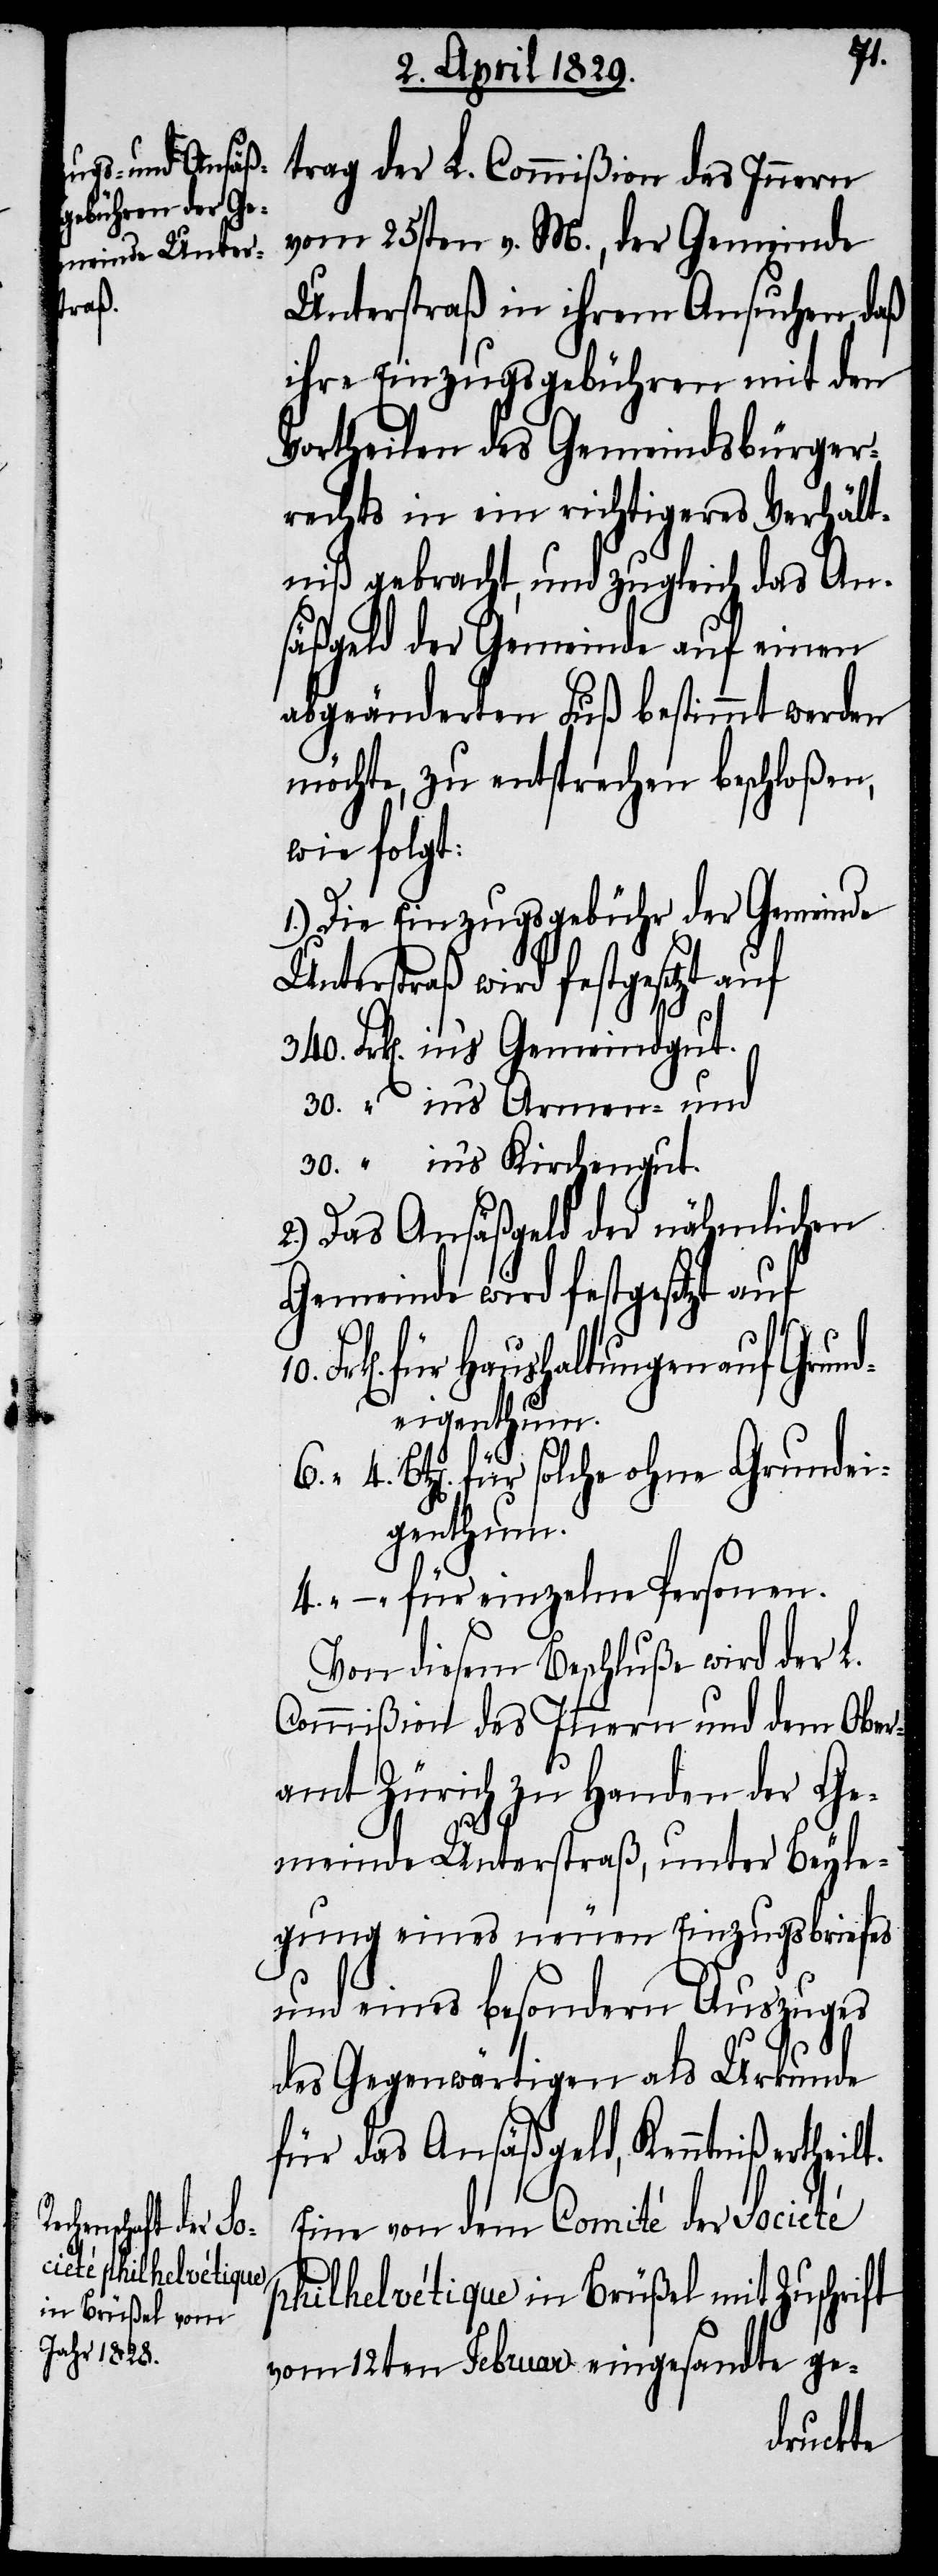
lt.
trag der L. Commißion des Innern
vom 25sten v. M., der Gemeinde
Unterstraß in ihrem Ansuchen, daß
ihre Einzugsgebühren mit den
Vortheilen des Gemeindsbürger¬
rechts in ein richtigeres Verhält¬
niß gebracht, und zugleich das An¬
säßgeld der Gemeinde auf einen
abgeänderten Fuß bestimmt werden
möchte, zu entsprechen beschloßen,
wie folgt:
1.) Die Einzugsgebühr der Gemeinde
Unterstraß wird festgesetzt auf
Frk[en]. in’s Gemeindgut.
30. “ in’s Armen- und
30. “ in’s Kirchengut.
2.) Das Ansäßgeld der nähmlichen
Gemeinde wird festgesetzt auf
für Hauhaltungen auf Grund¬
eigenthum.
Btz[en]. für solche ohne Grundei¬
genthum.
–. “ für einzelne Personen.
Von diesem Beschluße wird der L.
Commißion des Innern und dem Ober¬
amt Zürich zu Handen der Ge¬
meinde Unterstraß, unter Beyle¬
gung eines neuen Einzugsbriefes
und eines besondern Auszuges
des Gegenwärtigen als Urkunde
für das Ansäßgeld, Kenntniß erthei¬
Eine von dem Comité der Société
philhelvétique in Brüßel mit Zuschrift
vom 12ten Februar eingesandte ge-